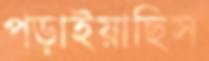
পড়াইয়াছিস